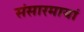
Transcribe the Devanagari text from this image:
संसारमायां